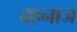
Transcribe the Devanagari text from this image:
दहनाज